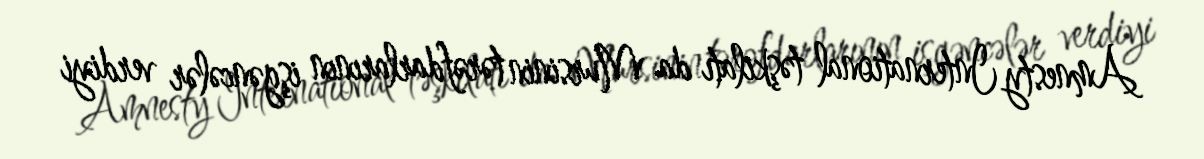
Amnesty International təşkilatı da Mursinin tərəfdarlarının işgəncələr verdiyi